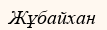
Жұбайхан